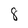
Character: 8